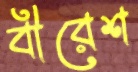
বীরেশ